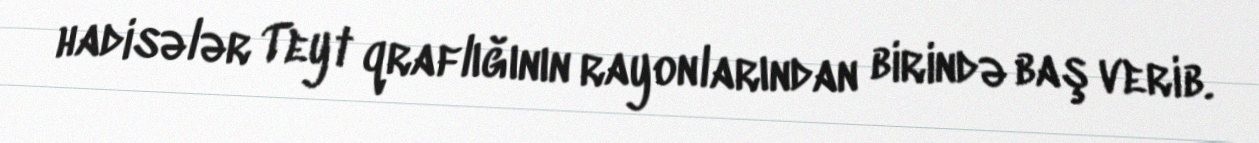
hadisələr Teyt qraflığının rayonlarından birində baş verib.